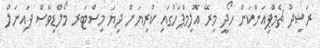
ރަޝީދު ޗެމްޕިއަންކަން ހޯދީ މިރޭ އޮލިމްޕަހުގައި ކުރިޔަށް ދިޔަ މިސްޓަރ މޯލްޑިވްސް ފައިނަލް